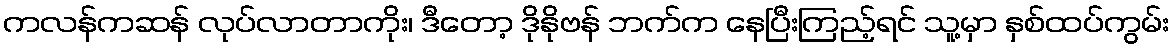
ကလန်ကဆန် လုပ်လာတာကိုး၊ ဒီတော့ ဒိုနိုဗန် ဘက်က နေပြီးကြည့်ရင် သူ့မှာ နှစ်ထပ်ကွမ်း